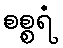
စစ္စရံ